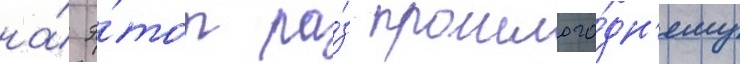
на́ э́тот ра́з прошлого́дн'ему